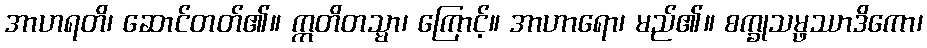
အာဟရတိ၊ ဆောင်တတ်၏။ ဣတိတသ္မာ၊ ကြောင့်။ အာဟာရော၊ မည်၏။ စက္ခုသမ္ဖဿာဒိကော၊